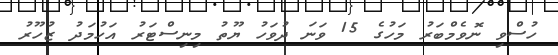
ހުސްވި ނޮވެމްބަރު މަހުގެ 15 ވަނަ ދުވަހު ޔޫތު މިނިސްޓަރު އަހުމަދު ޒުހޫރު